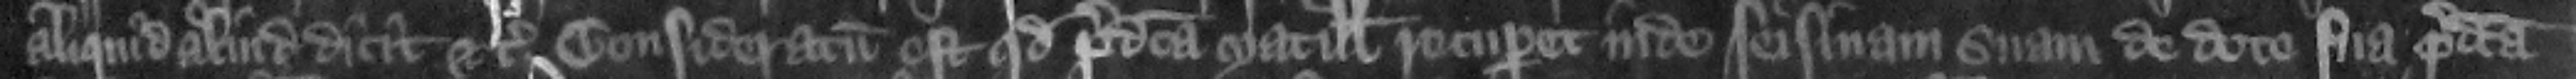
aliquid aliud dicit etc. Ideo consideratum est quod predicta Matillis recuperet inde seisinam suam de dote sua predicta